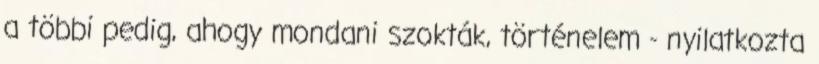
a többi pedig, ahogy mondani szokták, történelem - nyilatkozta